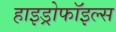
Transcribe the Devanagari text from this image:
हाइड्रोफॉइल्स